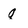
Character: q